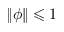
\| \phi \| \leqslant 1